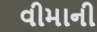
વીમાની